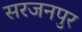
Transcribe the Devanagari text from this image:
सरजनपुर